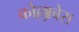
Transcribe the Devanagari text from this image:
कोल्लाबेरा